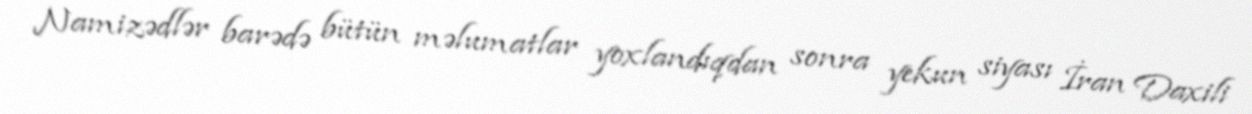
Namizədlər barədə bütün məlumatlar yoxlandıqdan sonra yekun siyası İran Daxili